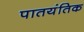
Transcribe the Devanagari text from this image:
पातयंतिक